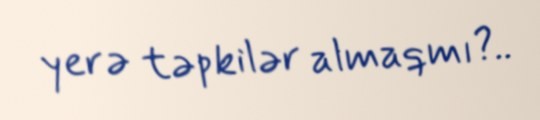
yerə təpkilər almaqmı?..